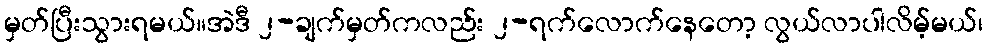
မှတ်ပြီးသွားရမယ်။အဲဒီ ၂-ချက်မှတ်ကလည်း ၂-ရက်လောက်နေတော့ လွယ်လာပါလိမ့်မယ်၊